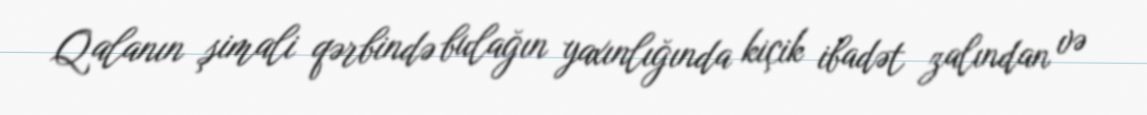
Qalanın şimali qərbində bulağın yaxınlığında kiçik ibadət zalından və